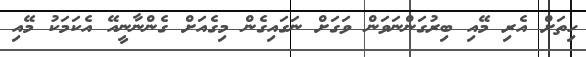
ހިތަށް އެރި މޭއި ބިރުގަންނަވަން ވަގަށް ނަގައިގެން މިގެއަށް ގެންނާނީއޭ އެކަމަކު މޭއި